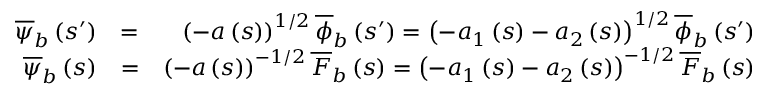
\begin{array} { r l r } { \overline { { \psi } } _ { b } \left( s ^ { \prime } \right) } & { = } & { \left( - a \left( s \right) \right) ^ { 1 / 2 } \overline { { \phi } } _ { b } \left( s ^ { \prime } \right) = \left( - a _ { 1 } \left( s \right) - a _ { 2 } \left( s \right) \right) ^ { 1 / 2 } \overline { { \phi } } _ { b } \left( s ^ { \prime } \right) } \\ { \overline { { \psi } } _ { b } \left( s \right) } & { = } & { \left( - a \left( s \right) \right) ^ { - 1 / 2 } \overline { { F } } _ { b } \left( s \right) = \left( - a _ { 1 } \left( s \right) - a _ { 2 } \left( s \right) \right) ^ { - 1 / 2 } \overline { { F } } _ { b } \left( s \right) } \end{array}